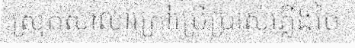
ស្រុកសាលាក្រៅប្រើប្រាស់ភ្លើងថៃ